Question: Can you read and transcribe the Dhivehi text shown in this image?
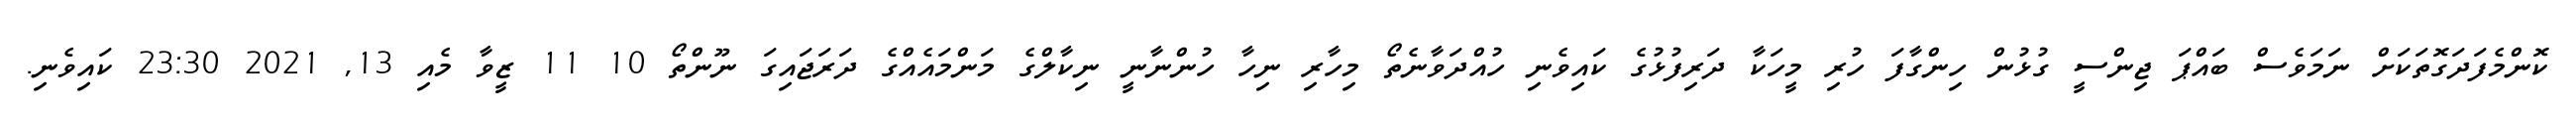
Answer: ކޮންމެފަދަގޮތަކަށް ނަމަވެސް ބައްޕަ ޖިންސީ ގުޅުން ހިންގާފަ ހުރި މީހަކާ ދަރިފުޅުގެ ކައިވެނި ހުއްދަވާނެތޯ މިހާރި ނިހާ ހުންނާނީ ނިކާލްގެ މަންމައެއްގެ ދަރަޖައިގަ ނޫންތޯ 10 11 ޒީވާ މެއި 13, 2021 23:30 ކައިވެނި.